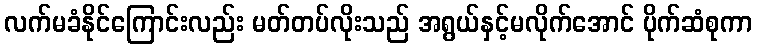
လက်မခံနိုင်ကြောင်းလည်း မတ်တပ်လိုးသည် အရွယ်နှင့်မလိုက်အောင် ပိုက်ဆံစုကာ